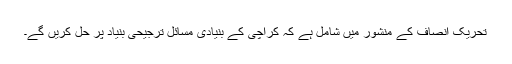
تحریک انصاف کے منشور میں شامل ہے کہ کراچی کے بنیادی مسائل ترجیحی بنیاد پر حل کریں گے۔